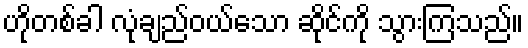
ဟိုတစ်ခါ လုံချည်ဝယ်သော ဆိုင်ကို သွားကြသည်။